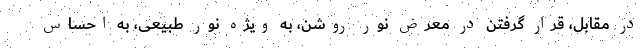
در مقابل، قرار گرفتن در معرض نور روشن، به ویژه نور طبیعی، به احساس